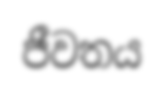
ජීවතය